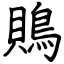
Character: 鵙